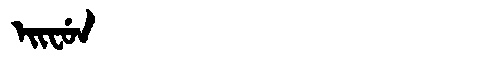
Manchu: ᡝᡳᠸᡠᠨ
Romanization: EIFUN